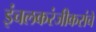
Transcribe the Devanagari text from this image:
इंचलकरंजीकरांचे